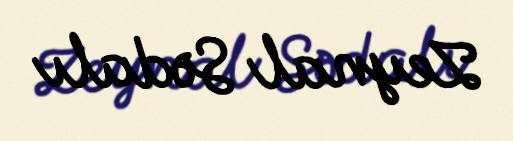
Zeynal Sədalı